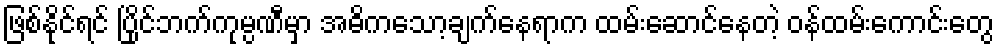
ဖြစ်နိုင်ရင် ပြိုင်ဘက်ကုမ္ပဏီမှာ အဓိကသော့ချက်နေရာက ထမ်းဆောင်နေတဲ့ ဝန်ထမ်းကောင်းတွေ